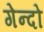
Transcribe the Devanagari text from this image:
गेन्दो